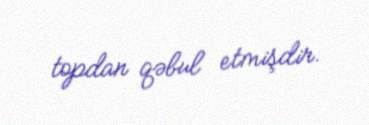
topdan qəbul etmişdir.